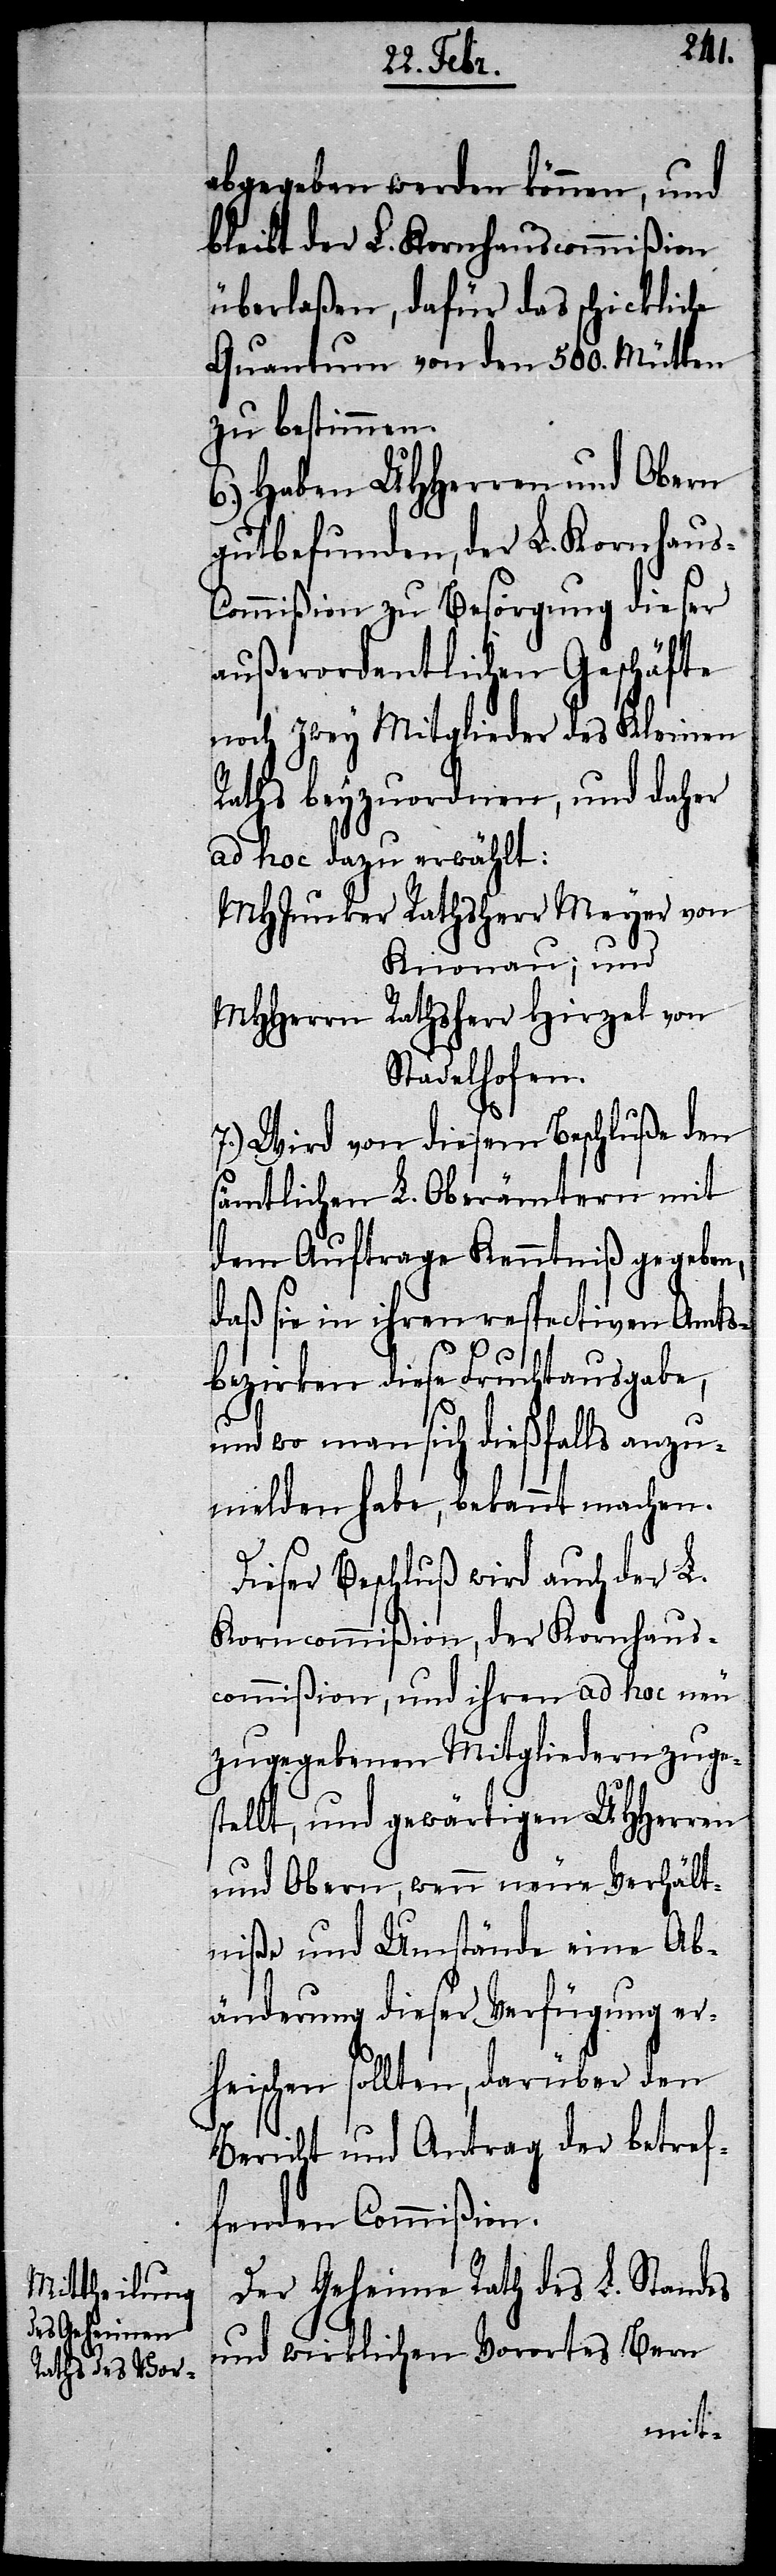
abgegeben werden können, und
bleibt der L. Kornhauscommißion
überlaßen, dafür das schickliche
Quantum von den 500. Mütten
zu bestimmen.
6.) Haben UHHerren und Obern
gutbefunden, der L. Kornhaus-C¬
ommißion zu Besorgung dieser
außerordentlichen Geschäfte
noch zwey Mitglieder des Kleinen
Raths beyzuordnen, und daher
ad hoc dazu erwählt:
MHJunger Rathsherr Meyer von
Knonau; und
MHHerrn Rathsherr Hirzel von
Stadelhofen.
7.) Wird von diesem Beschluße den
sämtlichen L. Oberämtern mit
dem Auftrage Kenntniß gegeben,
daß sie in ihren respectiven Amts¬
bezirken diese Fruchtausgabe,
und wo man sich dießfalls anzu¬
melden habe, bekannt machen.
Dieser Beschluß wird auch der L.
Korncommißion, der Kornhaus¬
commißion, und ihren ad hoc neu
zugegebenen Mitgliedern zuges¬
tellt, und gewärtigen UHHerren
und Obern, wenn neue Verhält¬
niße und Umstände eine Ab¬
änderung dieser Verfügung er¬
heischen sollten, darüber den
Bericht und Antrag der betref¬
fenden Commißion.
Der Geheime Rath des L. Standes
und wirklichen Vorortes Bern